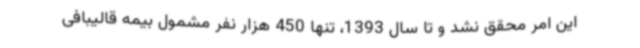
این امر محقق نشد و تا سال 1393، تنها 450 هزار نفر مشمول بیمه قالیبافی